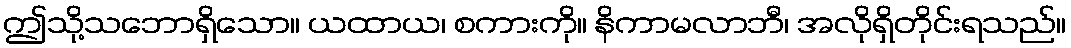
ဤသို့သဘောရှိသော။ ယထာယ၊ စကားကို။ နိကာမလာဘီ၊ အလိုရှိတိုင်းရသည်။